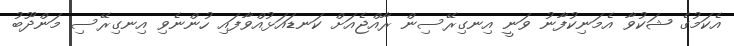
އެކަމުގެ ޝަކުވާ އެމަނިކުފާނު ވަނީ އިނގިރޭސިން ރާއްޖެއަށް ކަނޑައަޅުއްވާފައި ހުންނެވި އިނގިރޭސި މަންދޫބު